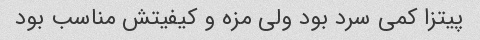
پیتزا کمی سرد بود ولی مزه و کیفیتش مناسب بود